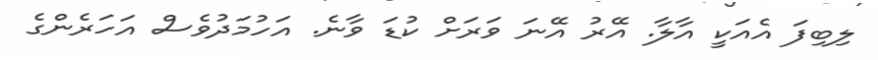
ލިބިފަ އެއަކީ އާލާ. އޭރު އޭނަ ވަރަށް ކުޑަ ވާނެ. އަހުމަދުވެސް އަހަރެންގެ